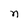
Character: n